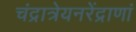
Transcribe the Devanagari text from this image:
चंद्रात्रेयनरेंद्राणां